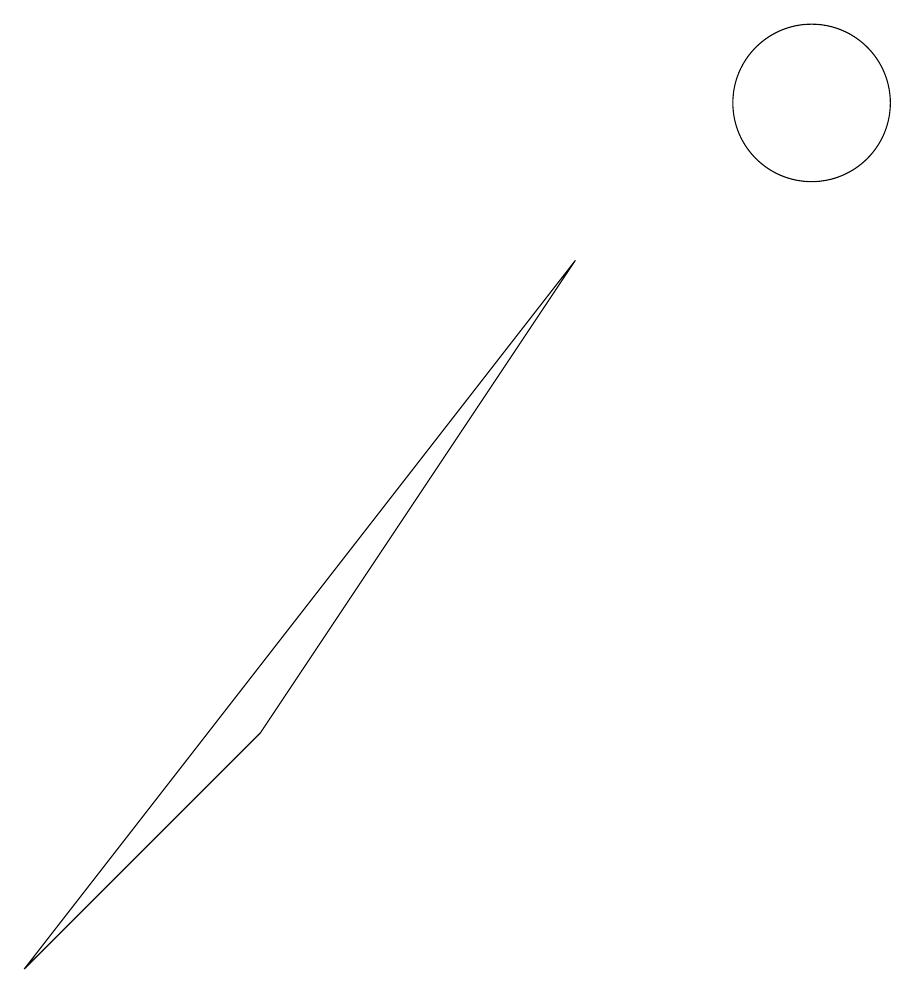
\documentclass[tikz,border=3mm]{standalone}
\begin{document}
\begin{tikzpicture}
\draw (0,0) -- (7,9) -- (3,3) -- cycle;
\draw (10,11) circle (1);
\draw (10,10) circle (0);
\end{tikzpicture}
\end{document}